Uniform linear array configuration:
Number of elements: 8
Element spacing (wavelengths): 0.75
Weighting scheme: kaiser
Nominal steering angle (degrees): -45
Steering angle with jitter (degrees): -45.284
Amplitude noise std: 0.05
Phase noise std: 0.05

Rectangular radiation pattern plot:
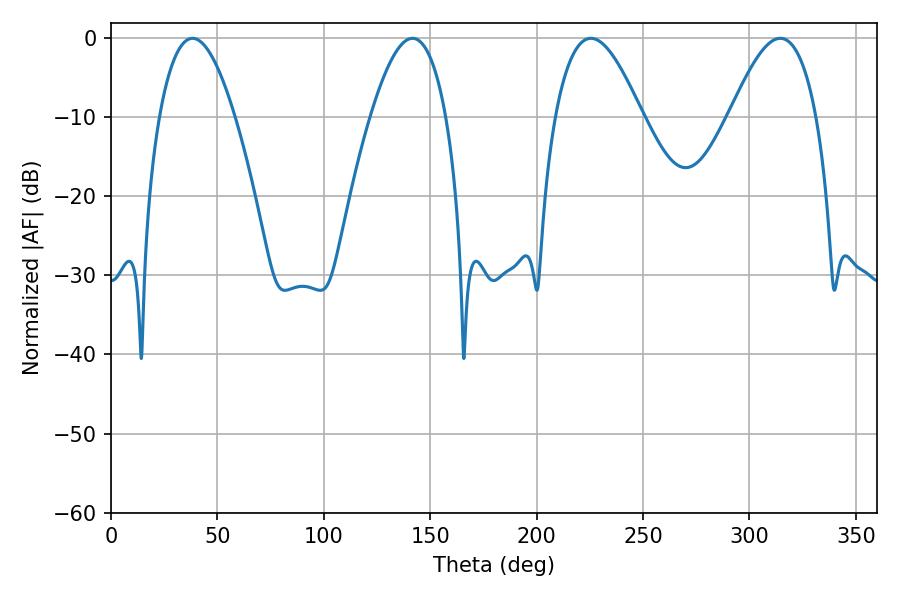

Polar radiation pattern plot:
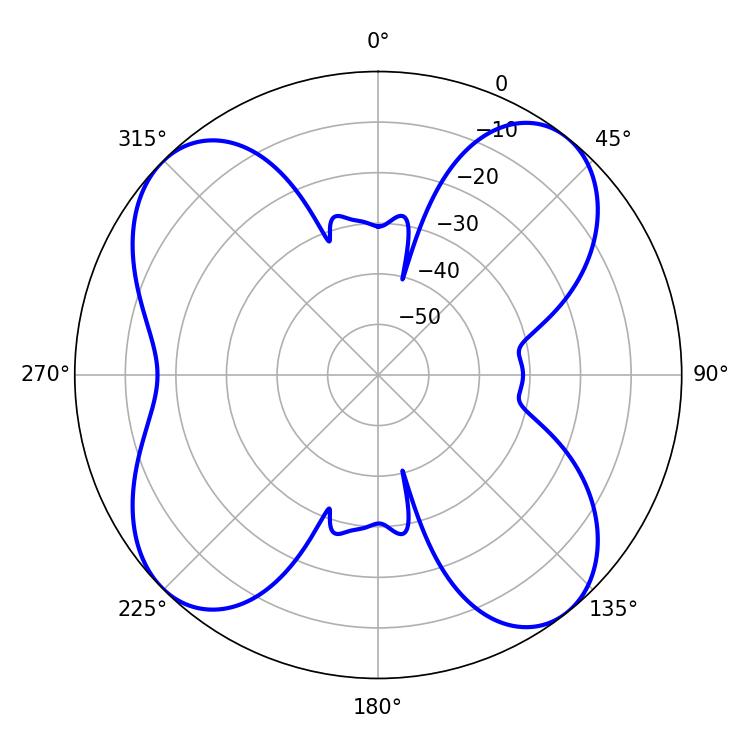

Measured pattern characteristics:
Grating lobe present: TRUE
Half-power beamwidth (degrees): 19.62
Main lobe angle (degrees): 38.34